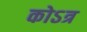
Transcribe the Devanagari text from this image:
कोऽत्र